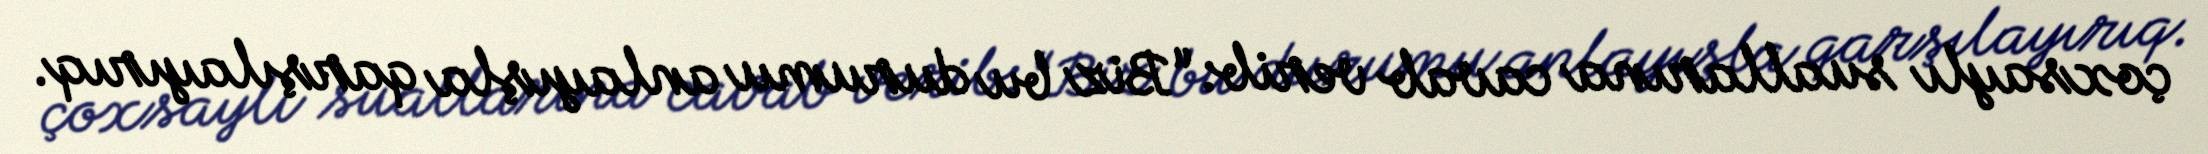
çoxsaylı suallarına cavab verib: “Biz bu durumu anlayışla qarşılayırıq.